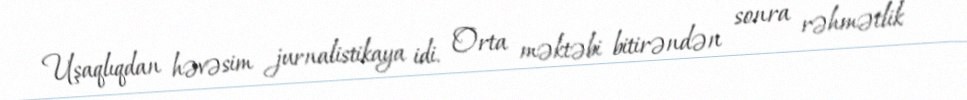
Uşaqlıqdan həvəsim jurnalistikaya idi. Orta məktəbi bitirəndən sonra rəhmətlik